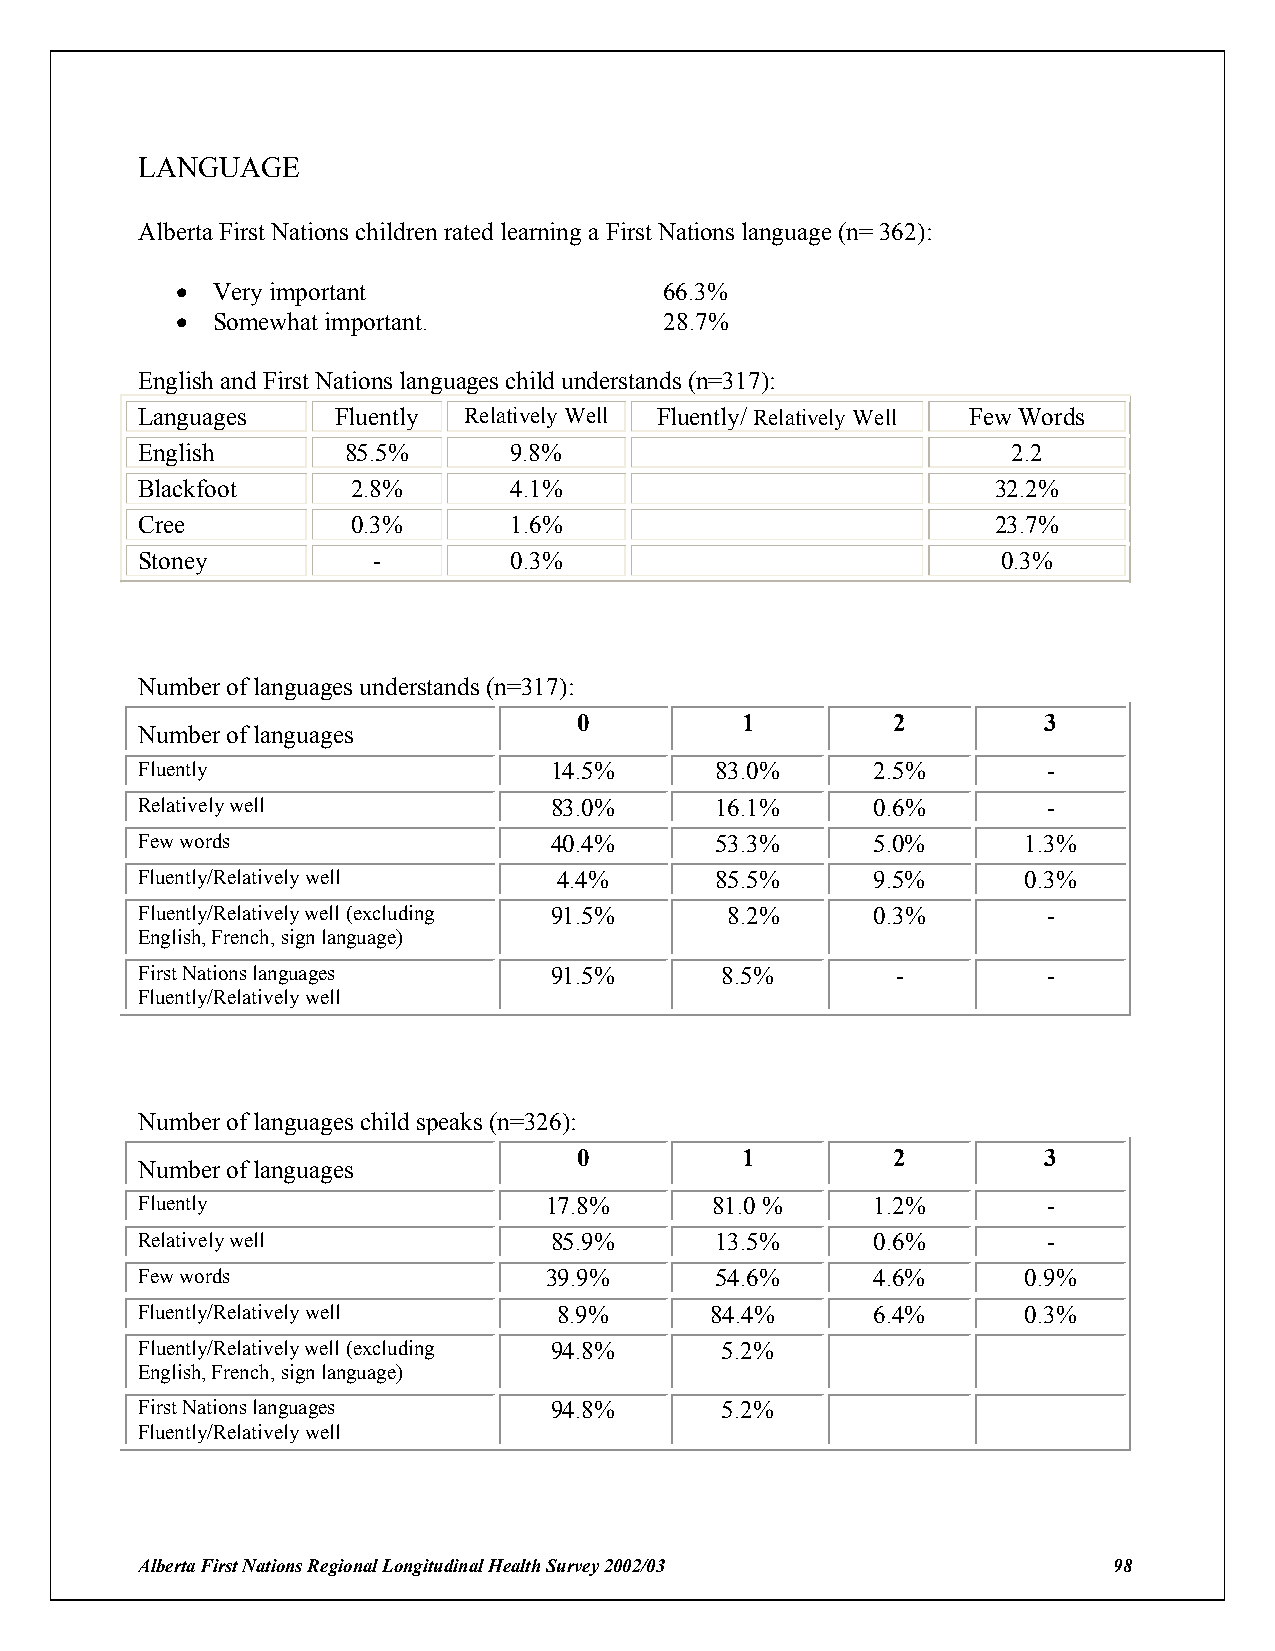
LANGUAGE
 Alberta First Nations children rated learning a First Nations language (n= 362):
 ! Very important                66.3%
 ! Somewhat important.           28.7%
 English and First Nations languages child understands (n=317):
 Languages    Fluently Relatively Well Fluently/ Relatively Well Few Words
 English       85.5%      9.8%                             2.2
 Blackfoot     2.8%       4.1%                            32.2%
 Cree          0.3%       1.6%                            23.7%
 Stoney          -        0.3%                            0.3%
 Number of languages understands (n=317):
 0          1         2         3
 Number of languages
 Fluently                   14.5%      83.0%      2.5%       -
 Relatively well            83.0%      16.1%      0.6%       -
 Few words                  40.4%      53.3%      5.0%      1.3%
 Fluently/Relatively well    4.4%      85.5%      9.5%      0.3%
 Fluently/Relatively well (excluding 91.5% 8.2%   0.3%       -
 English, French, sign language)
 First Nations languages    91.5%       8.5%       -         -
 Fluently/Relatively well
 Number of languages child speaks (n=326):
 0          1         2         3
 Number of languages
 Fluently                   17.8%      81.0 %     1.2%       -
 Relatively well            85.9%      13.5%      0.6%       -
 Few words                  39.9%      54.6%      4.6%      0.9%
 Fluently/Relatively well    8.9%      84.4%      6.4%      0.3%
 Fluently/Relatively well (excluding 94.8% 5.2%
 English, French, sign language)
 First Nations languages    94.8%       5.2%
 Fluently/Relatively well
 Alberta First Nations Regional Longitudinal Health Survey 2002/03 98